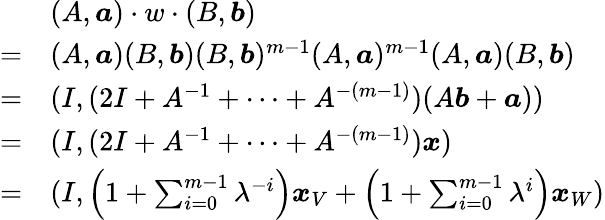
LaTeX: \begin{array}{rl}&{(A,\boldsymbol{a})\cdot w\cdot(B,\boldsymbol{b})}\\ {=}&{(A,\boldsymbol{a})(B,\boldsymbol{b})(B,\boldsymbol{b})^{m-1}(A,\boldsymbol{a})^{m-1}(A,\boldsymbol{a})(B,\boldsymbol{b})}\\ {=}&{(I,(2I+A^{-1}+\cdots+A^{-(m-1)})(A\boldsymbol{b}+\boldsymbol{a}))}\\ {=}&{(I,(2I+A^{-1}+\cdots+A^{-(m-1)})\boldsymbol{x})}\\ {=}&{(I,\left(1+\sum_{i=0}^{m-1}\lambda^{-i}\right)\boldsymbol{x}_{V}+\left(1+\sum_{i=0}^{m-1}\lambda^{i}\right)\boldsymbol{x}_{W})}\end{array}